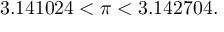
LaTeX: { } 3 . 1 4 1 0 2 4 < \pi < 3 . 1 4 2 7 0 4 .